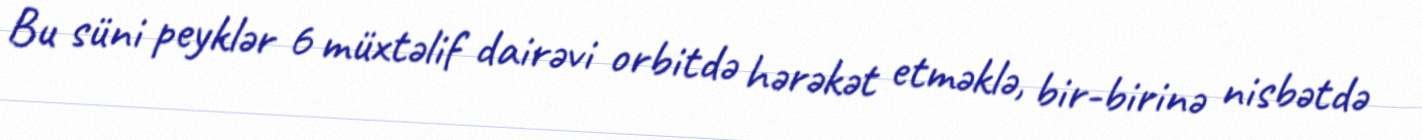
Bu süni peyklər 6 müxtəlif dairəvi orbitdə hərəkət etməklə, bir-birinə nisbətdə